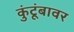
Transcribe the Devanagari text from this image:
कुंटूंबावर